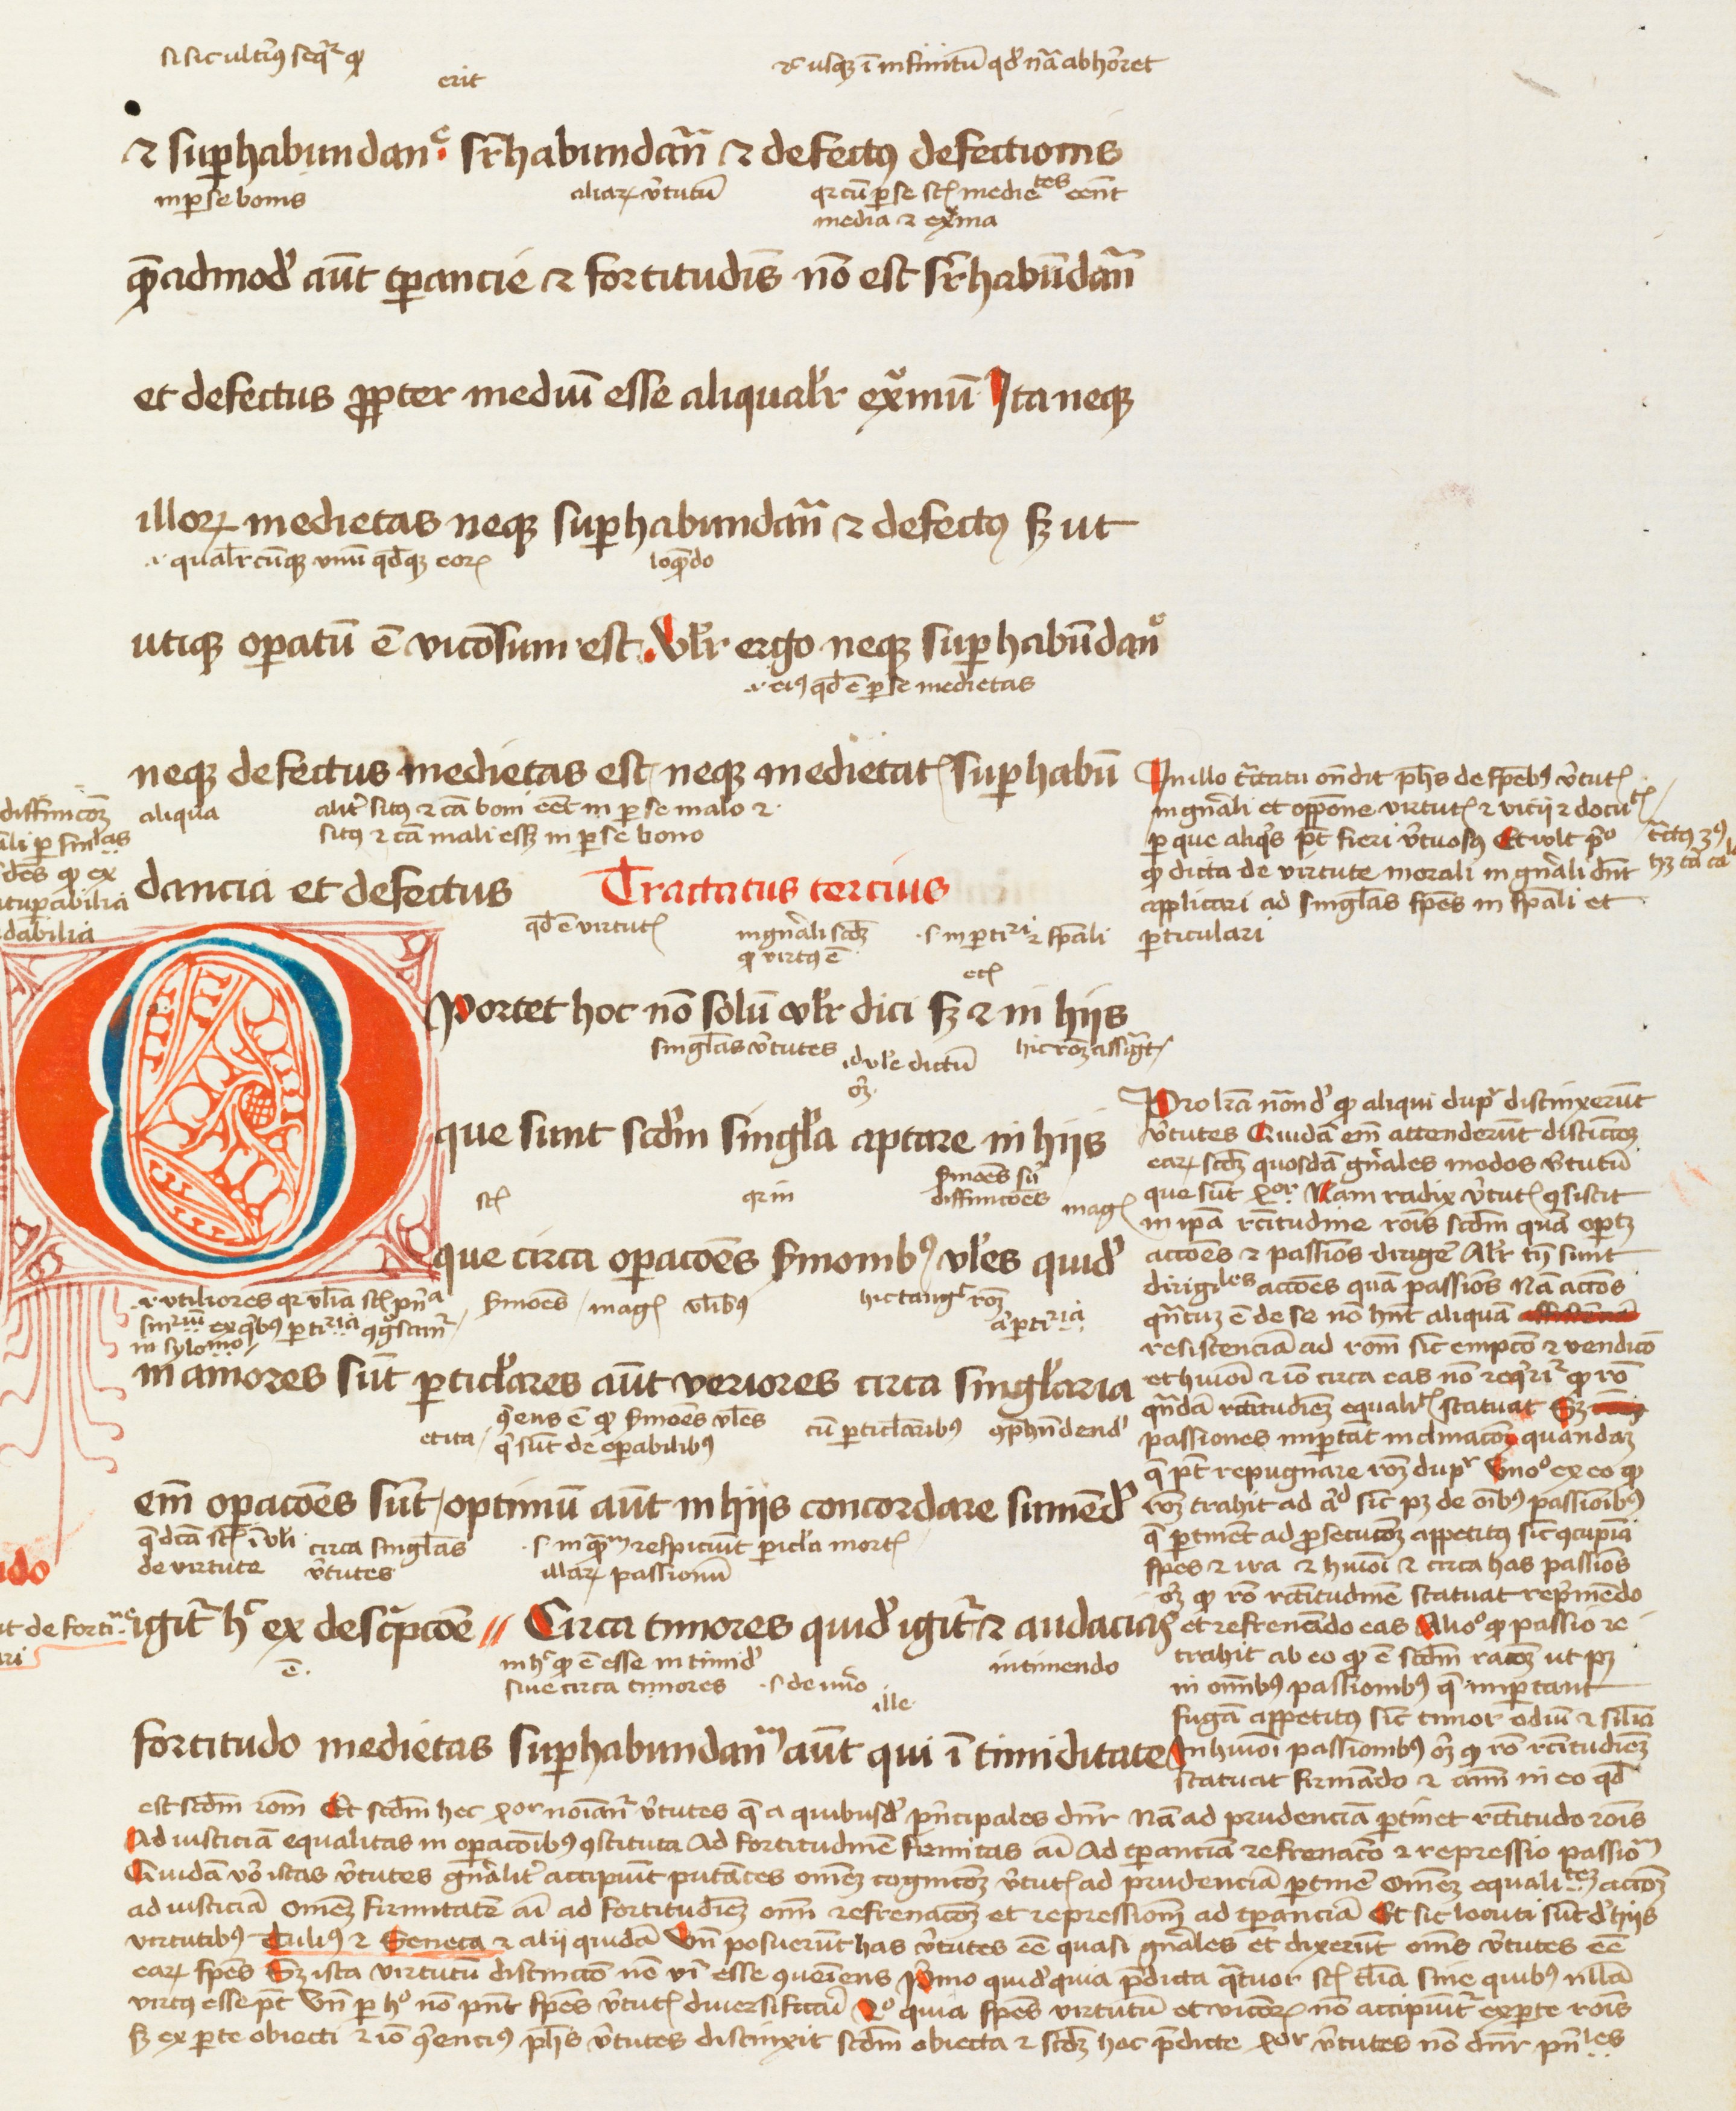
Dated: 1450–1474